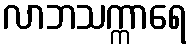
လာဘသက္ကာရေ